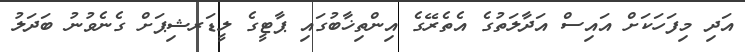
އަދި މިފަހަކަށް އައިސް އަދާލަތުގެ އެތެރޭގެ އިންތިޚާބުގައި ޕާޓީގެ ލީޑަރޝިޕަށް ގެނެވުނު ބަދަލު